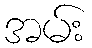
အမ်း